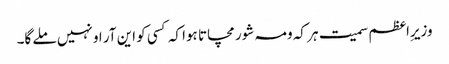
وزیرِاعظم سمیت ہر کہ ومہ شور مچاتا ہوا کہ کسی کو این آر او نہیں ملے گا۔